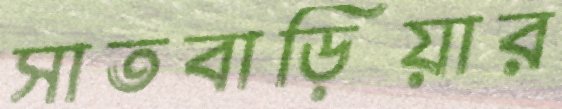
সাতবাড়িয়ার